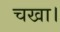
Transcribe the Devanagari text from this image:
चखा।